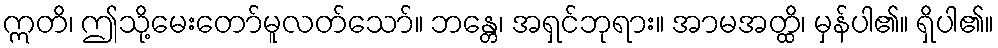
ဣတိ၊ ဤသို့မေးတော်မူလတ်သော်။ ဘန္တေ၊ အရှင်ဘုရား။ အာမအတ္ထိ၊ မှန်ပါ၏။ ရှိပါ၏။